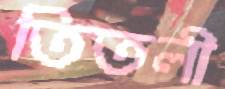
তিতলী